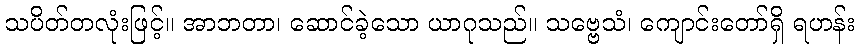
သပိတ်တလုံးဖြင့်။ အာဘတာ၊ ဆောင်ခဲ့သော ယာဂုသည်။ သဗ္ဗေသံ၊ ကျောင်းတော်ရှိ ရဟန်း